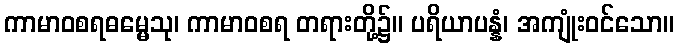
ကာမာဝစရဓမ္မေသု၊ ကာမာဝစရ တရားတို့၌။ ပရိယာပန္နံ၊ အကျုံးဝင်သော။